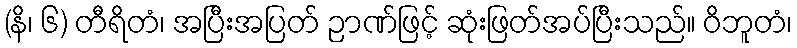
(နိ၊ ၆) တီရိတံ၊ အပြီးအပြတ် ဉာဏ်ဖြင့် ဆုံးဖြတ်အပ်ပြီးသည်။ ဝိဘူတံ၊